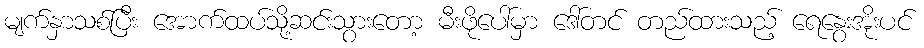
မျက်နှာသစ်ပြီး အောက်ထပ်သို့ဆင်းသွားတော့ မီးဖိုပေါ်မှာ ဒေါ်တင် တည်ထားသည့် ရေနွေးအိုးပင်